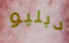
دبليو